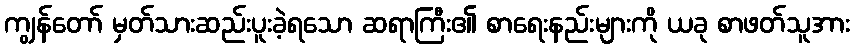
ကျွန်တော် မှတ်သားဆည်းပူးခဲ့ရသော ဆရာကြီး၏ စာရေးနည်းများကို ယခု စာဖတ်သူအား